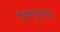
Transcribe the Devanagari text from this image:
विष्णुसाठी